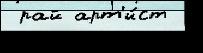
 рай арт'и́ст